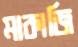
মাকাজি